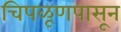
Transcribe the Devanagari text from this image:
चिपळूणपासून